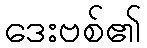
ဒေးဗစ်၏